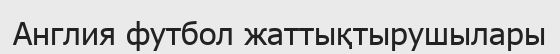
Англия футбол жаттықтырушылары